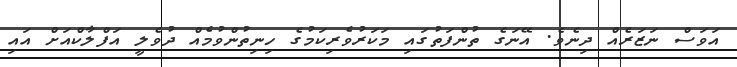
އަވަސް ނަޒަރެއް ދިނެވެ. އޭނަގެ ތުންފަތުގައި މަކަރުވެރިކަމުގެ ހިނިތުންވުމެއް ދުވެލީ އަފްލާކްއަށް އައި